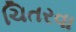
ચિતરવા